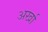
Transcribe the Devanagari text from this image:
अर्खा